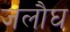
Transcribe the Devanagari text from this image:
जलौघ